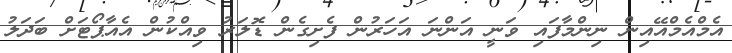
އެމްއެމްއޭއިން ނިންމާފައި ވަނީ އަންނަ އަހަރުން ފެށިގެން ޑޮލަރު ވިއްކުން އެއާޕޯޓަށް ބަދަލު